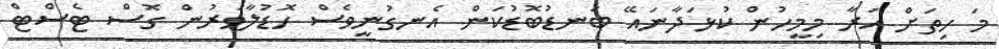
މަ ހިތަށް އަރާ މިމީހުން ކުޅަދާނައޭ ބަނޑުބޮޑުކަން އެނގުނީވެސް ހޮޑުލާވަރުން ގޮސް ޓެސްޓް